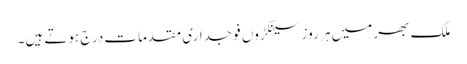
ملک بھر میں ہر روز سینکڑوں فوجداری مقدمات درج ہوتے ہیں۔